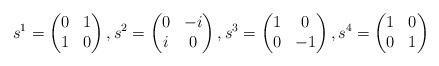
LaTeX: \begin{align*}s^1=\begin{pmatrix}0&1\\1&0\end{pmatrix},s^2=\begin{pmatrix}0&-i\\i&0\end{pmatrix},s^3=\begin{pmatrix}1&0\\0&-1\end{pmatrix},s^4=\begin{pmatrix}1&0\\0&1\end{pmatrix}\end{align*}